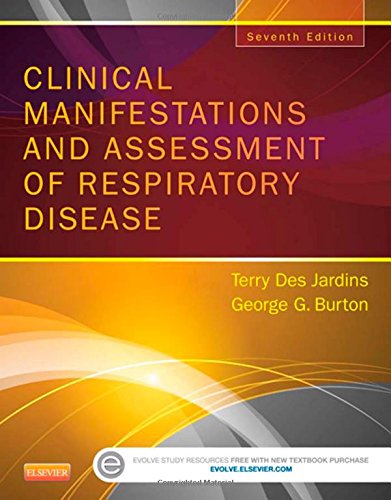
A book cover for Clinical Manifestations and Assessment of Respiratory Disease, 7e; Terry Des Jardins MEd  RRT; Medical Books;